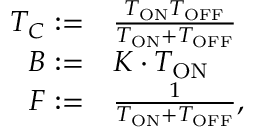
\begin{array} { r l } { T _ { C } : = } & { { } \frac { T _ { \mathrm { O N } } T _ { \mathrm { O F F } } } { T _ { \mathrm { O N } } + T _ { \mathrm { O F F } } } } \\ { B : = } & { { } K \cdot T _ { \mathrm { O N } } } \\ { F : = } & { { } \frac { 1 } { T _ { \mathrm { O N } } + T _ { \mathrm { O F F } } } , } \end{array}